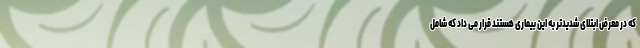
که در معرض ابتلای شدیدتر به این بیماری هستند قرار می داد که شامل